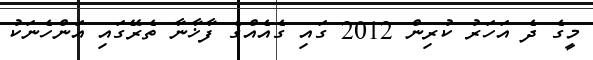
މީގެ ދެ އަހަރު ކުރިން 2012 ގައި ގެއެއްގެ ފާޚާނާ ތެރޭގައި އަންހެނަކު